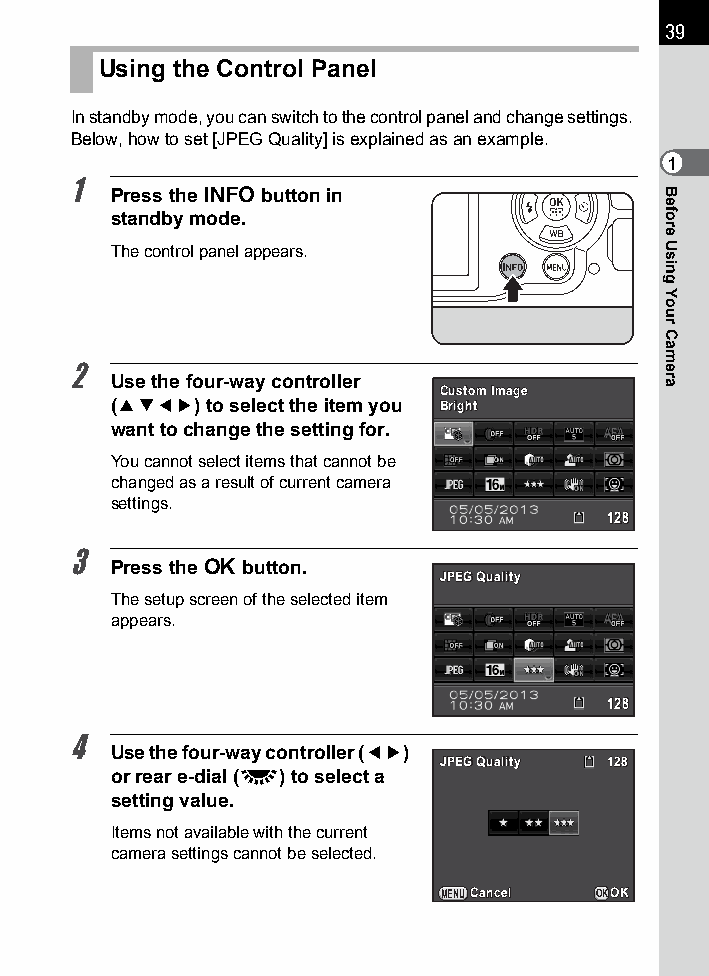
39
 Using the Control Panel
 In standby mode, you can switch to the control panel and change settings.
 Below, how to set [JPEG Quality] is explained as an example.
 1
 1
 Press the M button in
 standby mode.
 The control panel appears.
 2
 Use the four-way controller
 CCuussttoomm IImmaaggee
 (2345) to select the item you BBrriigghhtt
 want to change the setting for.
 You cannot select items that cannot be
 changed as a result of current camera
 settings.
 112288
 3
 Press the 4 button.
 JJPPEEGG QQuuaalliittyy
 The setup screen of the selected item
 appears.
 112288
 4
 Use the four-way controller (45)
 JJPPEEGG QQuuaalliittyy 112288
 or rear e-dial (S) to select a
 setting value.
 Items not available with the current
 camera settings cannot be selected.
 MENUCCaanncceell OKOOKK
 Before
 Using
 Your
 Camera